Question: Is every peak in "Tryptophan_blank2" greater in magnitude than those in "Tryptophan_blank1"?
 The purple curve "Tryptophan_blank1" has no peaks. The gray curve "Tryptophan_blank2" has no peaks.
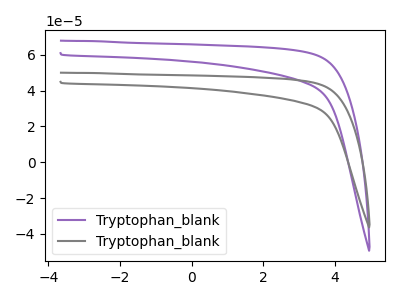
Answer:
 <answer>Niether CV has any peaks.</answer>
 <eval>blanks</eval>